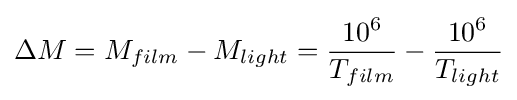
\Delta M=M_{film}-M_{light}={\frac {{10}^{6}}{T_{film}}}-{\frac {{10}^{6}}{T_{light}}}